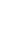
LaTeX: U\! \! \! \! \! \! \! \! \! \! \! \! _{\! \! \! \! \! \! \! \! \! \! \! \! \alpha\! \! \! \! \! \! \! \! \! \! \! \! _{i}}\! \! \! \! \! \! \! \! \! \! \! \! \cap\! \! \! \! \! \! \! \! \! \! \! \! U\! \! \! \! \! \! \! \! \! \! \! \! _{\! \! \! \! \! \! \! \! \! \! \! \! \alpha\! \! \! \! \! \! \! \! \! \! \! \! _{j}}\! \! \! \! \! \! \! \! \! \! \! \! =\! \! \! \! \! \! \! \! \! \! \! \! \emptyset\! \! \! \! \! \! \! \! \! \! \!